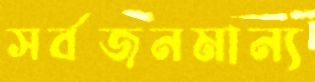
সর্বজনমান্য